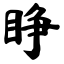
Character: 睁